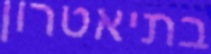
בתיאטרון